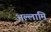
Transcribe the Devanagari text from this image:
अल्लामि